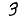
Digit: 3